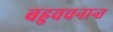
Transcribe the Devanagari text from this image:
बहुवचनान्त